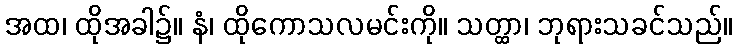
အထ၊ ထိုအခါ၌။ နံ၊ ထိုကောသလမင်းကို။ သတ္ထာ၊ ဘုရားသခင်သည်။